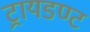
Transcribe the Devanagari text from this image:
ट्रायडण्ट